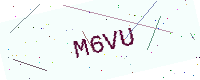
Text: M6VU